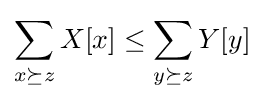
\sum _{x\succeq z}X[x]\leq \sum _{y\succeq z}Y[y]